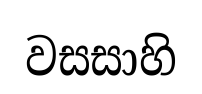
වසසාහි